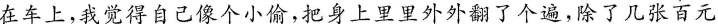
在车上，我觉得自己像个小偷，把身上里里外外翻了个遍，除了几张百元